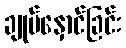
ချုပ်နှောင်ခြင်း